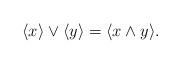
LaTeX: \begin{align*}\langle x\rangle\vee\langle y\rangle=\langle x\wedge y\rangle. \end{align*}